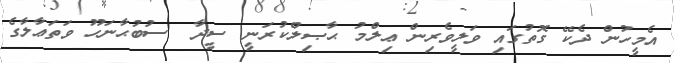
އެމީހުން ދެކޭ ގޮތުގައި ވަލީވެރިން ޢިލްމު ޙާޞިލްކުރަނީ ސީދާ  ސުބުޙާނަހޫ ވަތަޢާލާގެ